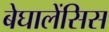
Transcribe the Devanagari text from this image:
बेघालेंसिस